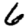
Digit: 6